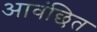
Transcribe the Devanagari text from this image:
आवंछित